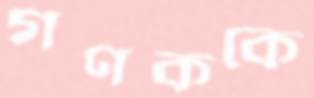
গণককে